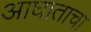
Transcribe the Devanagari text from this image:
आघाताचा